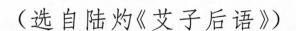
(选自陆灼《艾子后语》)